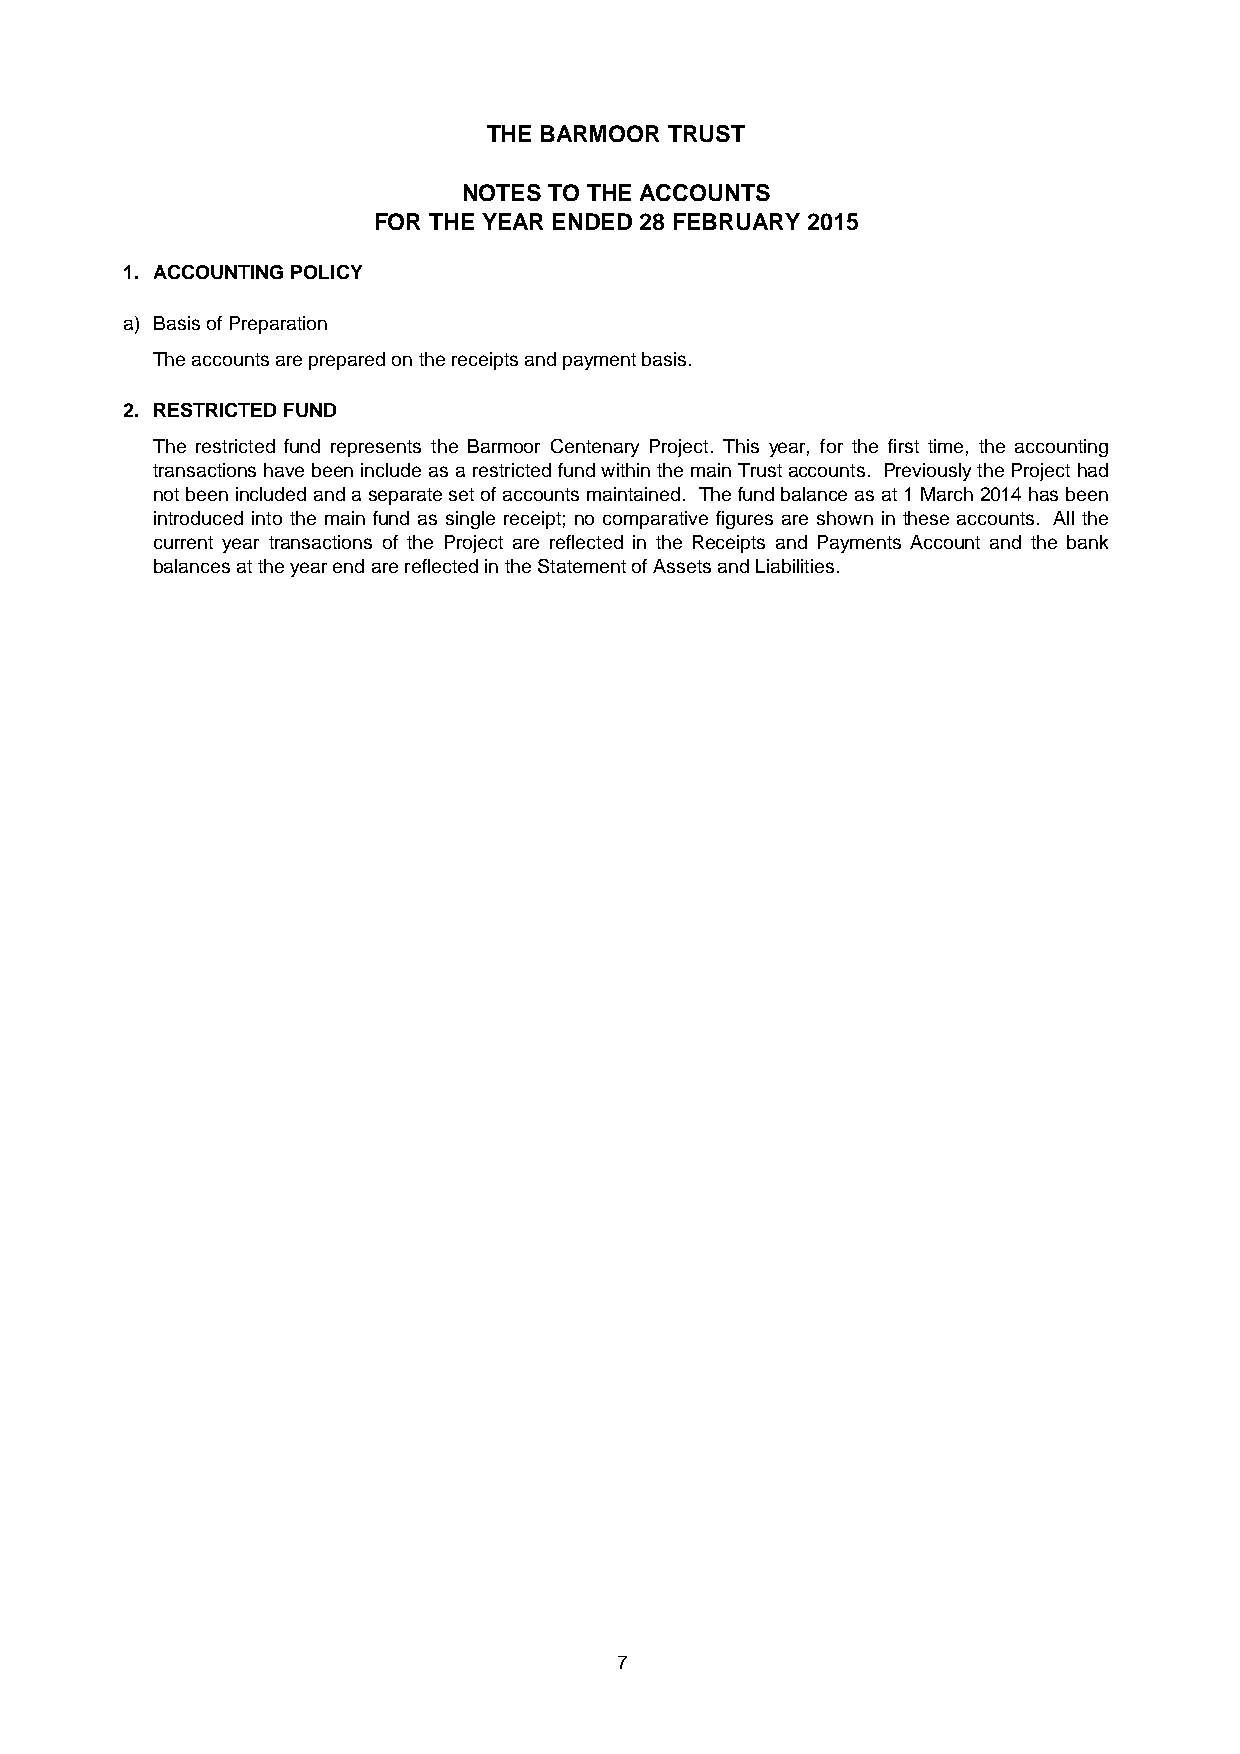
THE BARMOOR TRUST
 NOTES TO THE ACCOUNTS
 FOR THE YEAR ENDED 28 FEBRUARY 2015
 1. ACCOUNTING POLICY
 a) Basis of Preparation
 The accounts are prepared on the receipts and payment basis.
 2. RESTRICTED FUND
 The restricted fund represents the Barmoor Centenary Project. This year, for the first time, the accounting
 transactionshavebeenincludeasarestrictedfundwithinthemainTrustaccounts. PreviouslytheProjecthad
 notbeenincludedandaseparatesetofaccountsmaintained. Thefundbalanceasat1March2014hasbeen
 introduced into the main fund as single receipt; no comparative figures are shown in these accounts. All the
 current year transactions of the Project are reflected in the Receipts and Payments Account and the bank
 balances at the year end are reflected in the Statement of Assets and Liabilities.
 7